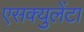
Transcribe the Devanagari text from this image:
एसक्युलेंटा